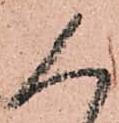
人